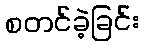
စတင်ခဲ့ခြင်း